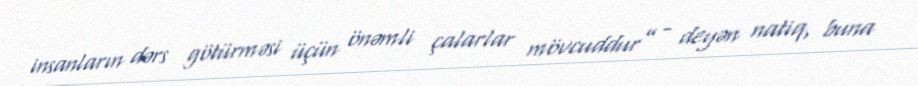
insanların dərs götürməsi üçün önəmli çalarlar mövcuddur” - deyən natiq, buna